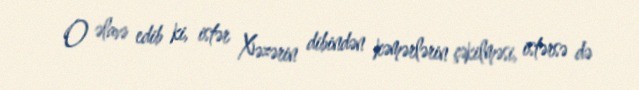
O əlavə edib ki, istər Xəzərin dibindən kəmərlərin çəkilməsi, istərsə də